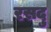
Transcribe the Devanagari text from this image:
रसदु